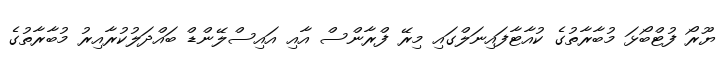
ޔޫރޯ ފުޓްބޯޅަ މުބާރާތުގެ ކުއާޓާފައިނަލްގައި މިރޭ ފްރާންސް އާއި އައިސްލޭންޑް ބައްދަލުކުރާއިރު މުބާރާތުގެ